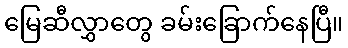
မြေဆီလွှာတွေ ခမ်းခြောက်နေပြီ။